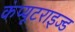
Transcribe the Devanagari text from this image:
कंप्यूटराइज्ड